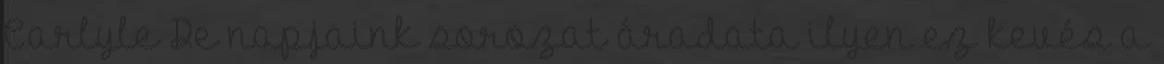
Carlyle De napjaink sorozat áradata ilyen ez kevés a